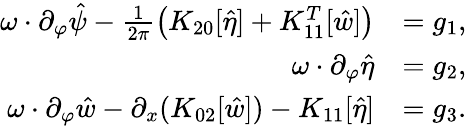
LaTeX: \begin{array}{rl}{\omega\cdot\partial_{\varphi}\hat{\psi}-\frac{1}{2\pi}\left(K_{20}[\hat{\eta}]+K_{11}^{T}[\hat{w}]\right)}&{=g_{1},}\\ {\omega\cdot\partial_{\varphi}\hat{\eta}}&{=g_{2},}\\ {\omega\cdot\partial_{\varphi}\hat{w}-\partial_{x}(K_{02}[\hat{w}])-K_{11}[\hat{\eta}]}&{=g_{3}.}\end{array}